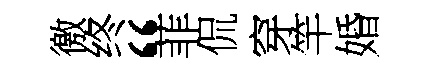
徼终“菲侃穿竿婚